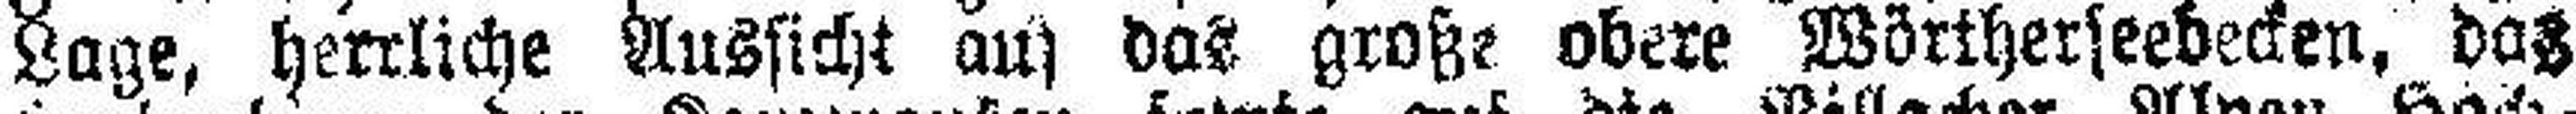
Lage, herrliche Aussicht auf das große obere Wörtherseebecken, das